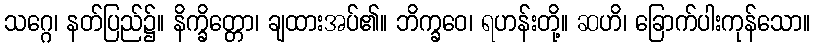
သဂ္ဂေ၊ နတ်ပြည်၌။ နိက္ခိတ္တော၊ ချထားအပ်၏။ ဘိက္ခဝေ၊ ရဟန်းတို့။ ဆဟိ၊ ခြောက်ပါးကုန်သော။